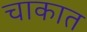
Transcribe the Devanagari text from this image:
चाकात